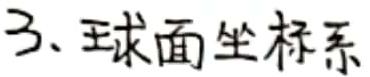
3、球面坐标系